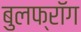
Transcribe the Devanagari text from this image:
बुलफ्रॉग